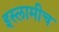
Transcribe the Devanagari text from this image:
इस्लामीच